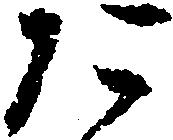
た